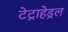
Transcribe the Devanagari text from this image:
टेट्राहेड्रल